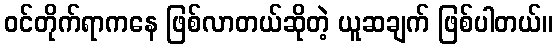
ဝင်တိုက်ရာကနေ ဖြစ်လာတယ်ဆိုတဲ့ ယူဆချက် ဖြစ်ပါတယ်။